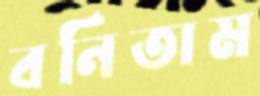
বনিতাম